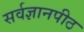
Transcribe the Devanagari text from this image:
सर्वज्ञानपीठ